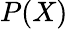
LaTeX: P(X)